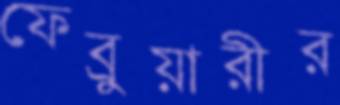
ফেব্রুয়ারীর